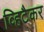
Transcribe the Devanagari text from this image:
व्हिटैकर